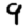
Digit: 9